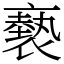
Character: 褻